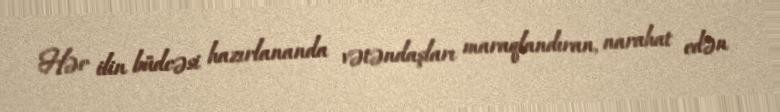
Hər ilin büdcəsi hazırlananda vətəndaşları maraqlandıran, narahat edən